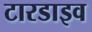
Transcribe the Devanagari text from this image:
टारडाइव